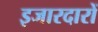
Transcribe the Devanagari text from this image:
इजारदारों